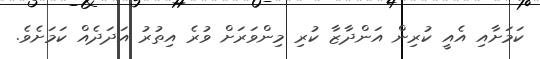
ކަމަށާއި އެއީ ކުރިން އަންދާޒާ ކުރި މިންވަރަށް ވުރެ އިތުރު އަދަދެއް ކަމަށެވެ.